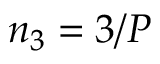
n _ { 3 } = 3 / P